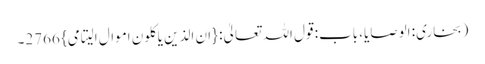
(بخاری: الوصایا، باب: قول اللہ تعالیٰ: {ان الذین یاکلون اموال الیتامی} 2766۔